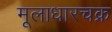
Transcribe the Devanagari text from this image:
मूलाधारचक्र